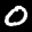
Label: 0